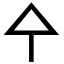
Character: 㐃